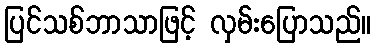
ပြင်သစ်ဘာသာဖြင့် လှမ်းပြောသည်။